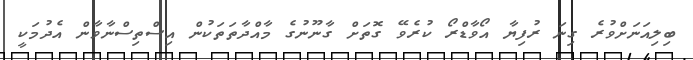
ބިލިއަނަށްވުރެ ގިނަ ރުފިޔާ އޯވާޑްރޯ ކުރެވޭ ގޮތަށް ގާނޫނުގެ މާއްދާތަތަކުން އިސްތިސްނާވާން އެދުމަކީ